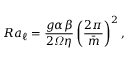
R a _ { \ell } = \frac { g \alpha \beta } { 2 \varOmega \eta } \left( \frac { 2 \pi } { \bar { m } } \right) ^ { 2 } ,